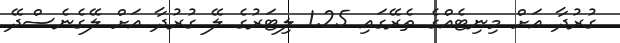
ގުރުދާ އަށް މިނިޓެއްގެ ތެރޭގައި 1.25 ލިޓަރުގެ ލޭ ގުރުދާ އަށް ލޭގެނެސްދޭ